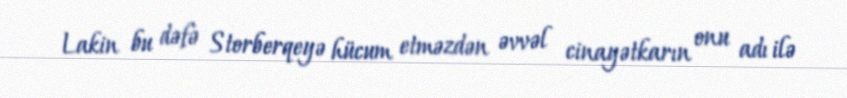
Lakin bu dəfə Storberqeyə hücum etməzdən əvvəl cinayətkarın onu adı ilə